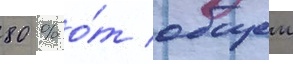
80 % о́т общеи